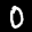
Label: 0